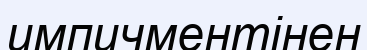
импичментінен